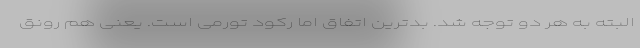
البته به هر دو توجه شد. بدترین اتفاق اما رکود تورمی است. یعنی هم رونق